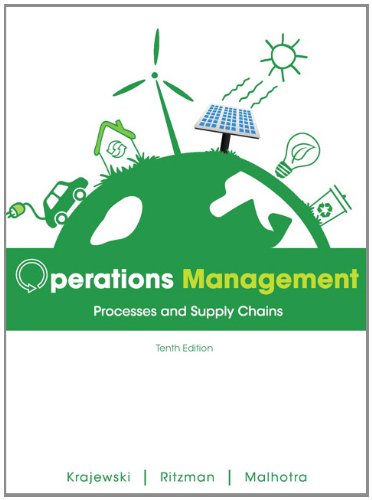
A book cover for Operations Management: Processes and Supply Chains (10th Edition); Lee J. Krajewski; Business & Money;